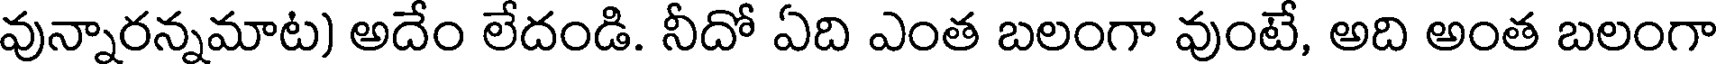
వున్నారన్నమాట) అదేం లేదండి. నీదో ఏది ఎంత బలంగా వుంటే, అది అంత బలంగా